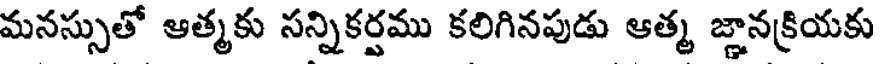
మనస్సుతో ఆత్మకు సన్నికర్షము కలిగినపుడు ఆత్మ జ్ఞానక్రియకు